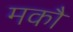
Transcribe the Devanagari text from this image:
मकौ